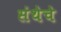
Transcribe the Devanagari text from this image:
संथेचे